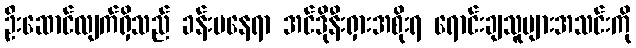
ဦးဆောင်လျက်ရှိသည် ခန်းမနေရာ အင်ဒိုနီးရှားအစိုးရ ရောင်းချသူများအသင်းကို